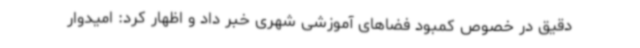
دقیق در خصوص کمبود فضاهای آموزشی شهری خبر داد و اظهار کرد: امیدوار